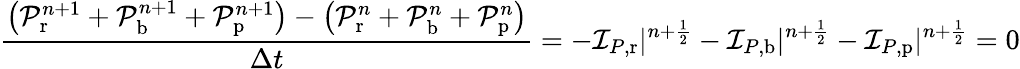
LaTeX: \frac{\left(\mathcal P_{\mathrm{r}}^{n+1}+\mathcal P_{\mathrm{b}}^{n+1}+\mathcal P_{\mathrm{p}}^{n+1}\right)-\left(\mathcal P_{\mathrm{r}}^{n}+\mathcal P_{\mathrm{b}}^{n}+\mathcal P_{\mathrm{p}}^{n}\right)}{\Delta t}=-\mathcal I_{P,\mathrm{r}}|^{n+\frac 12}-\mathcal I_{P,\mathrm{b}}|^{n+\frac 12}-\mathcal I_{P,\mathrm{p}}|^{n+\frac 12}=0